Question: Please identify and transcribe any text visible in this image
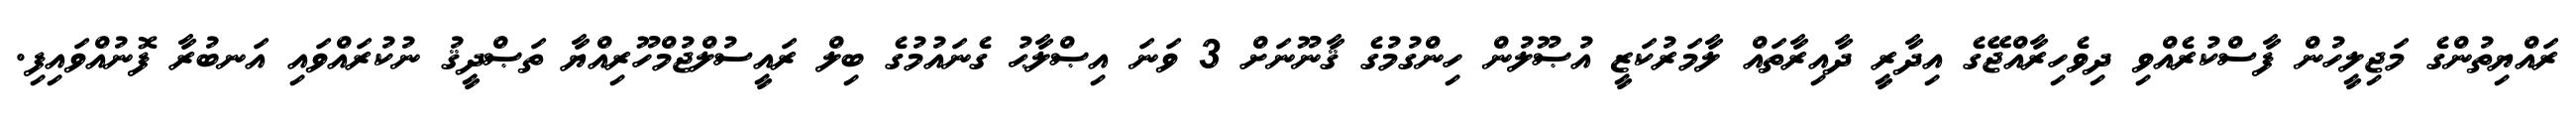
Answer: ރައްޔިތުންގެ މަޖިލީހުން ފާސްކުރެއްވި ދިވެހިރާއްޖޭގެ އިދާރީ ދާއިރާތައް ލާމަރުކަޒީ އުޞޫލުން ހިންގުމުގެ ޤާނޫނަށް 3 ވަނަ އިޞްލާޙު ގެނައުމުގެ ބިލް ރައީސުލްޖުމްހޫރިއްޔާ ތަޞްދީޤު ނުކުރައްވައި އަނބުރާ ފޮނުއްވައިފި.